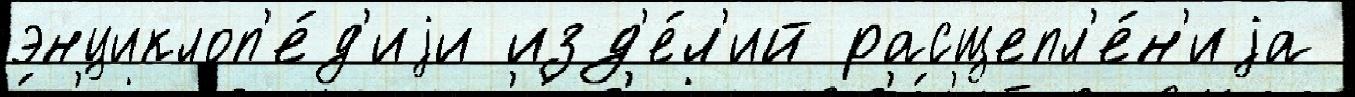
энциклоп'е́д'иjи изд'е́л'ий расщепл'е́н'иjа